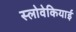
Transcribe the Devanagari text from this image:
स्लोवेकियाई